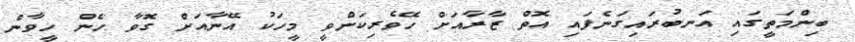
ބިންމަތީގައި އަނބުރައިގަނެފައި އޮތް ޒާރާއަށް ހޭވެރިކަންވީ މީހަކު އޭނާއަށް ގޮވާ ހެން ހީވާން